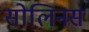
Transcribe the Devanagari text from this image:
सोलिनस